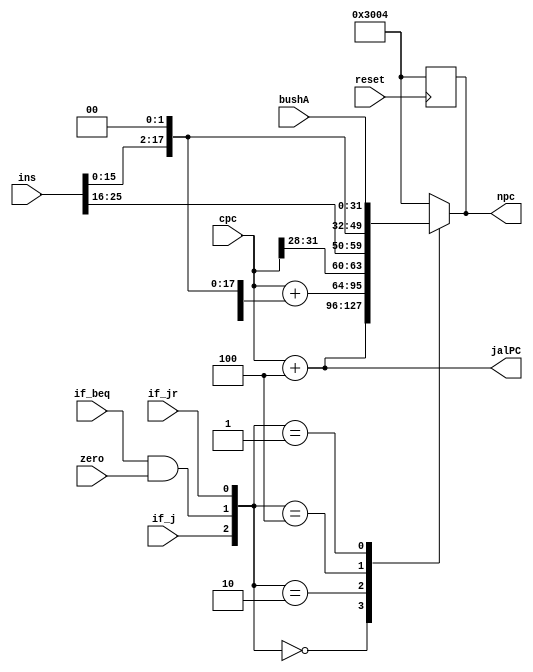
module NextPC(cpc,reset,ins,if_beq,zero,if_j,npc,if_jr,jalPC,bushA);
  input [31:0] ins;        //32-bit instruct
  input [31:0] cpc;        //now PC
  input [31:0] bushA;     //target address in GPR rs 
  input if_beq,if_j,zero,if_jr,reset;
  output reg [31:0] npc;
  output [31:0] jalPC;
  reg beq_jump;
  reg [2:0] choose;
  assign jalPC = cpc+4;

  always@(posedge reset)
  begin
    if(reset) npc<=32'h0000_3004;
  end

  always@(choose,ins,if_j,beq_jump,if_beq,zero,if_jr,bushA)
  begin
  //  npc = (if_beq)? cpc+({{16{ins[15]}},ins[15:0]}<<2) : cpc+32'h4;
    beq_jump = if_beq && zero;
    choose={if_j,beq_jump,if_jr};
    case(choose)
      3'b000: npc = cpc+32'h4;                 //pc=pc+4
      3'b010: npc = cpc+({{16{ins[15]}},ins[15:0]}<<2);    //beq
      3'b100: npc = {cpc[31:28],ins[25:0],2'b0};          //j jal
      3'b001: npc = bushA;                                //jr
      default:npc = 32'h00003004;
    endcase
  end
endmodule